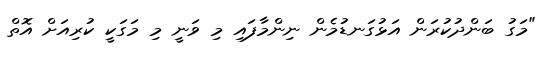
"މަގު ބަންދުކުރަން އަޅުގަނޑުމެން ނިންމާފައި މި ވަނީ މި މަގަކީ ކުރިއަށް އޮތް